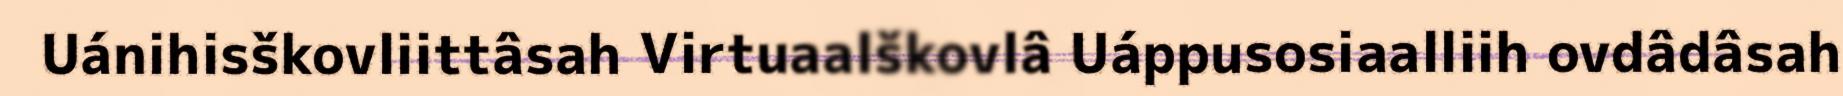
Uánihisškovliittâsah Virtuaalškovlâ Uáppusosiaalliih ovdâdâsah